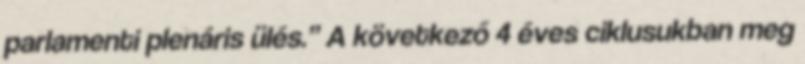
parlamenti plenáris ülés.” A következő 4 éves ciklusukban meg